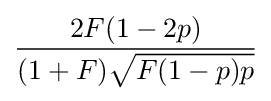
{\frac {2F(1-2p)}{(1+F){\sqrt {F(1-p)p}}}}